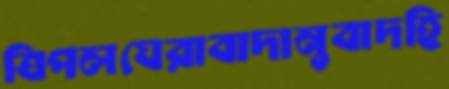
ত্রিপলঘেরাবাদানুবাদহি